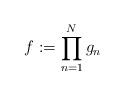
LaTeX: \begin{align*} f:=\prod_{n=1}^N g_n\end{align*}